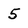
Character: 5